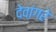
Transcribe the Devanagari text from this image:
देवांगरे